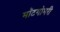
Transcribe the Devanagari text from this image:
मॉटगोमरी